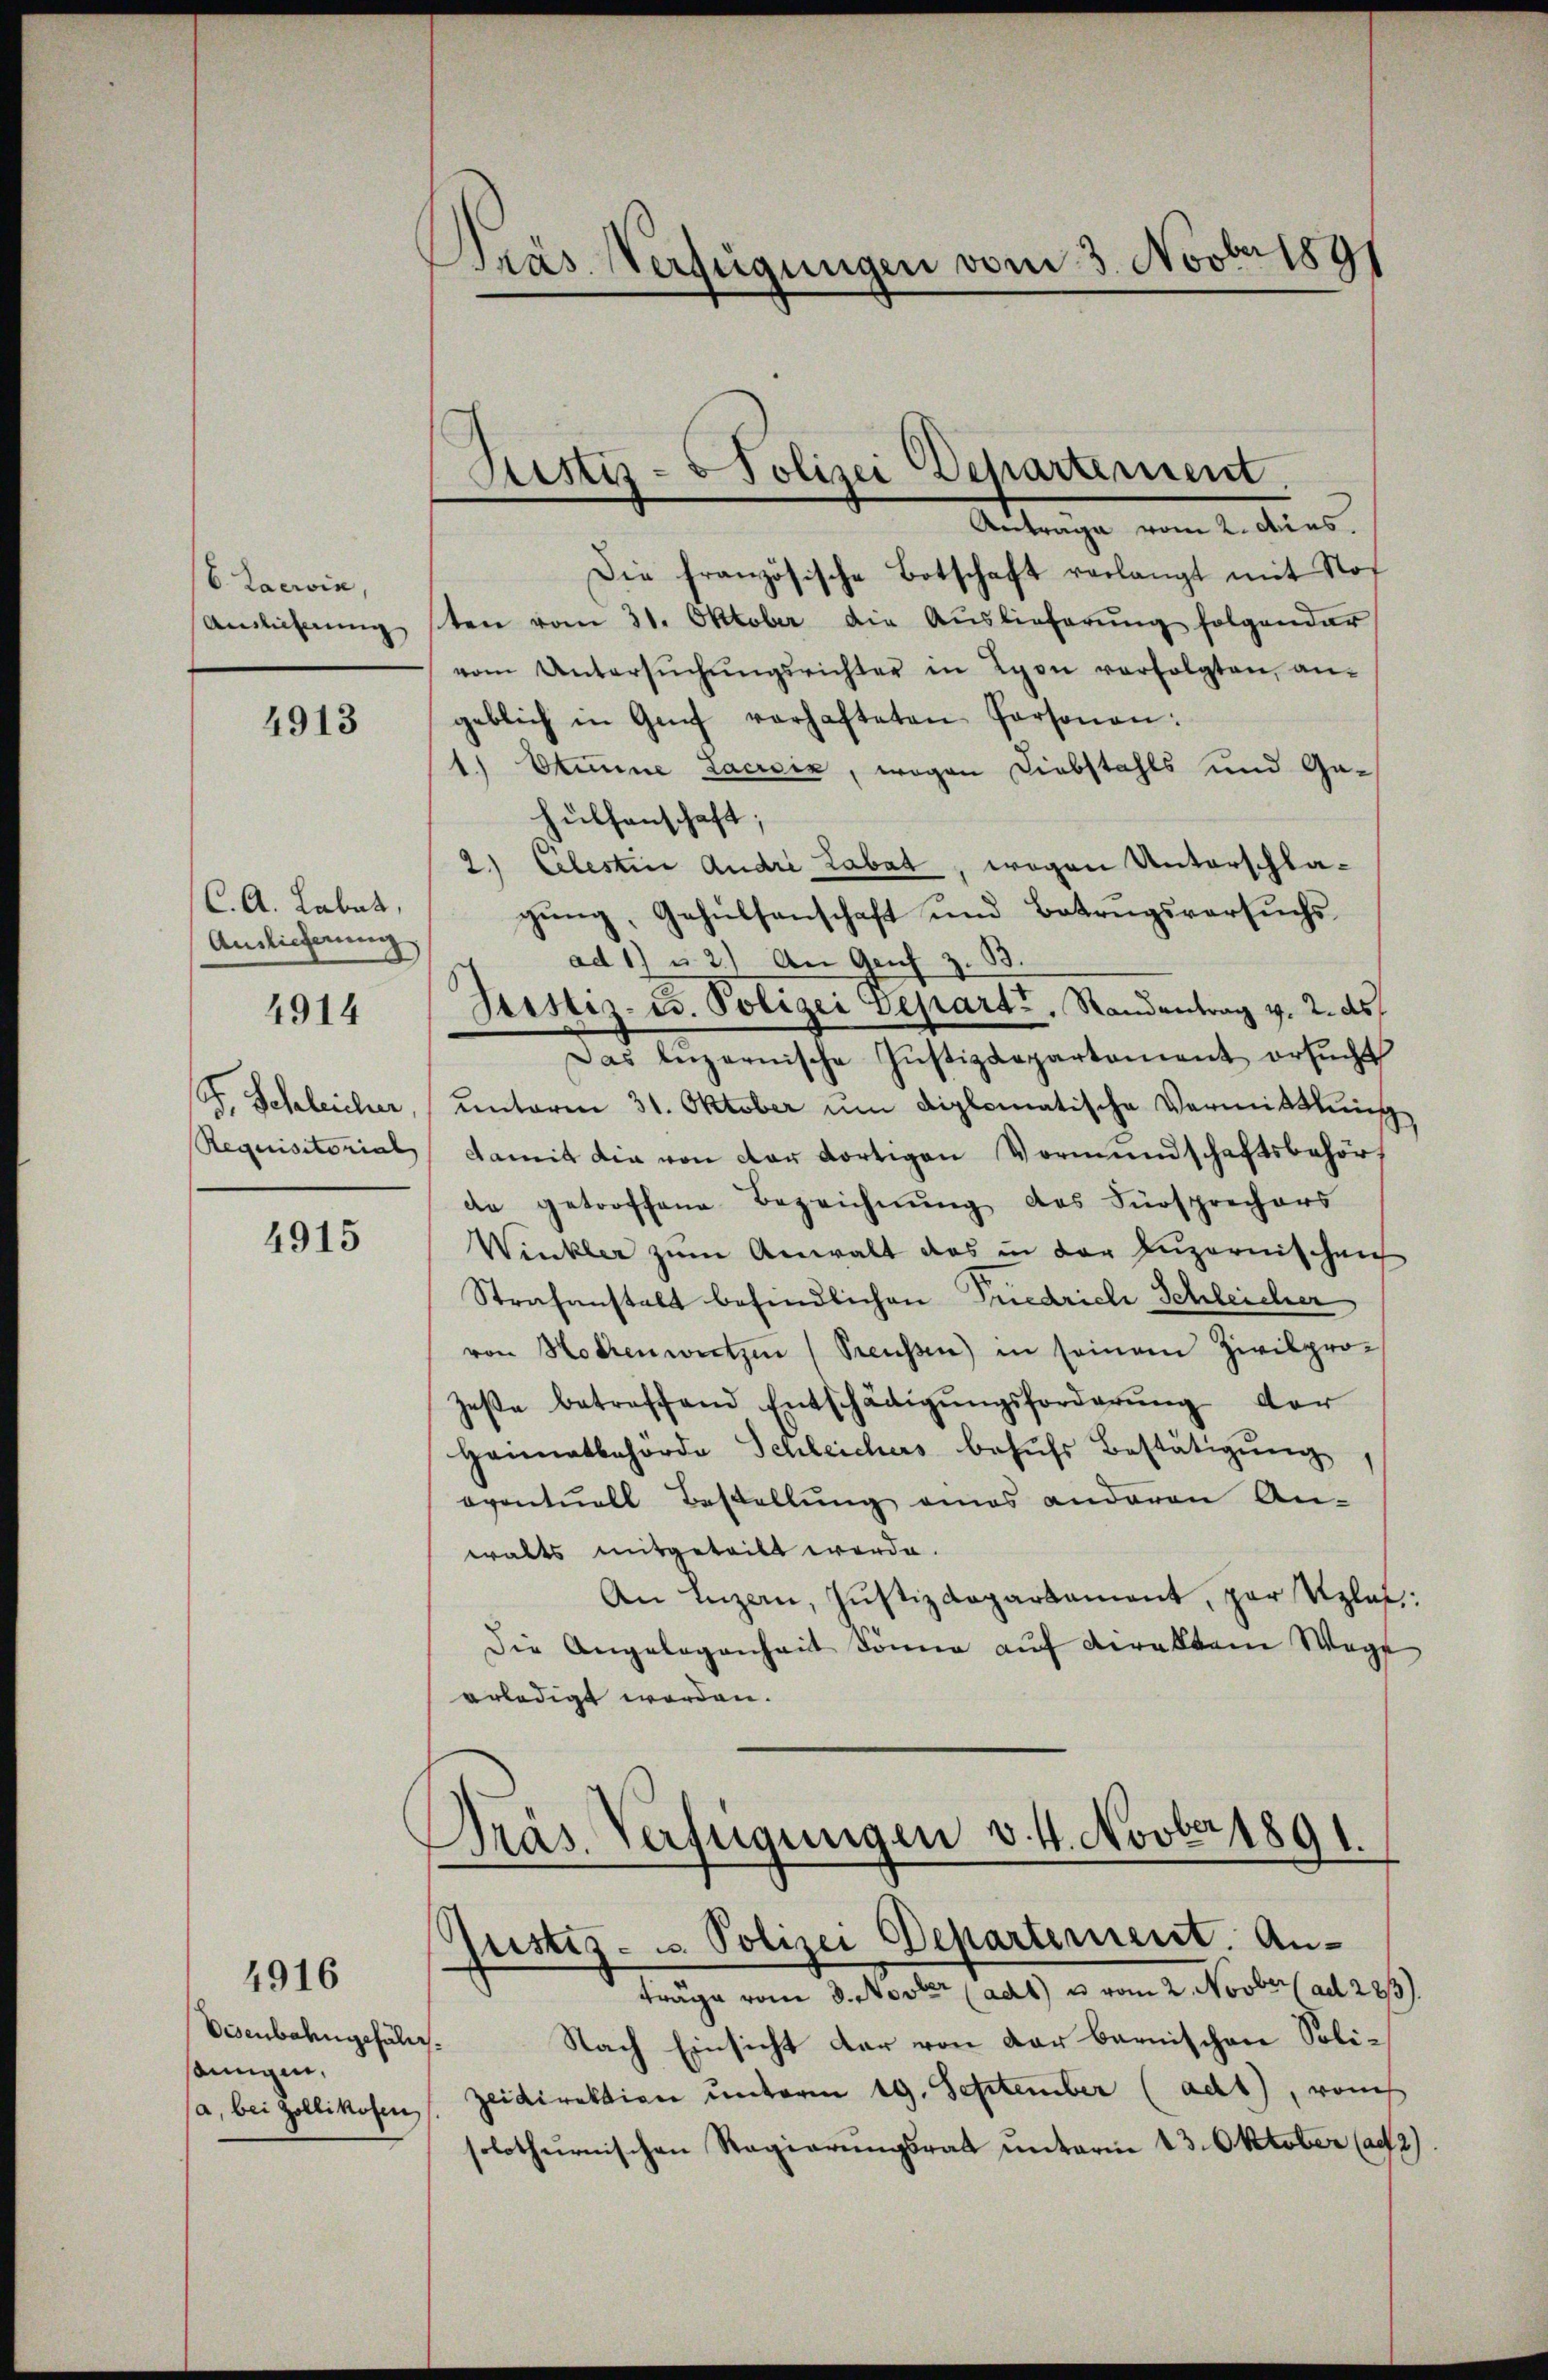
b. Laerin,
Anslicherung

4913

C. A. Labat,
Auslieferung
4914

F. Schleicher,
Requisitorial

4915

Visenbahngefäll.
sonnigen,

4916

Präs. Verfügungen vom 3. Novbr 1891

Justiz- & Polizei Departement
Anträge vom 2. dies.

Die französische Botschaft verlangt mit Not
sten vom 31. Oktober die Auslieferŭng folgender
vom Untersŭchŭngsrichter in Lyon verfolgten, an-
geblich in Genf verhafteten Personen:
1.) Stinne Lacroix, wegen Diebstahls und Gahülfenschaft;
2.) Celestin Andri Labat, wegen Unterschlagung, Gehülfenschaft und Betrugsversuchsad 1) u. 2.) An Genf z. B.
Justiz- u. Polizei Departi, Randantrag v. 2. ds
Das luzernische Justizdepartement ersucht
unterm 31. Oktober um diplomatische Vermittlung
damit die von der dortigen Vormundschaftsbehörf
de getroffene Bezeichnŭng des Fürsprechers
Winkler zŭm Anwalt das in der Luzernischen
Strafanstalt befindlichen Priedriche Schleicher
von Hotzenwitzen (Preussen) in seinem Zivilpro¬
Zese betreffend Entschädigŭngsforderŭng der
Heimatbehörde Schleichers behŭfs Bestätigŭng
oventuell Bestellung eines anderen An-
walts mitgeteilt werde.
An Luzern, Justizdepartament, zur Uzlat:
Die Angelegenheit könne aŭf diraltem Wege
erledigt worden.
Präs. Verfügungen v. 4. Novber 1891.

Justiz- u. Polizei Departement. Anträge vom 3. Novber (adt) u. vom 2. Novber (ad 223).

Nach Einsicht der von der bernischen Solisa, bei Zollikosen s. Zeidirektion unterm 19. September (ad1), von
solothurnischen Regierungsrat unterm 13. Oktober (a. 2).